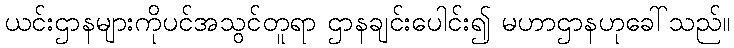
ယင်းဌာနများကိုပင်အသွင်တူရာ ဌာနချင်းပေါင်း၍ မဟာဌာနဟုခေါ်သည်။